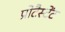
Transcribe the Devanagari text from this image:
प्रोटैस्टेंट